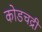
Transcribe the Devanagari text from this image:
कोडचद्री